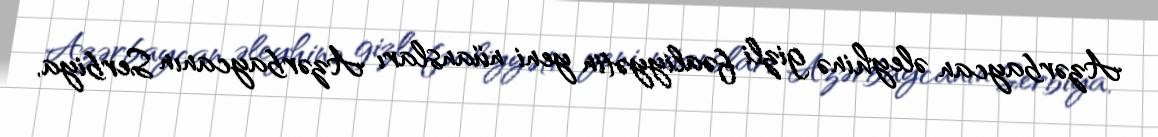
Azərbaycan əleyhinə gizli fəaliyyətin yeni nüansları Azərbaycanın Serbiya,